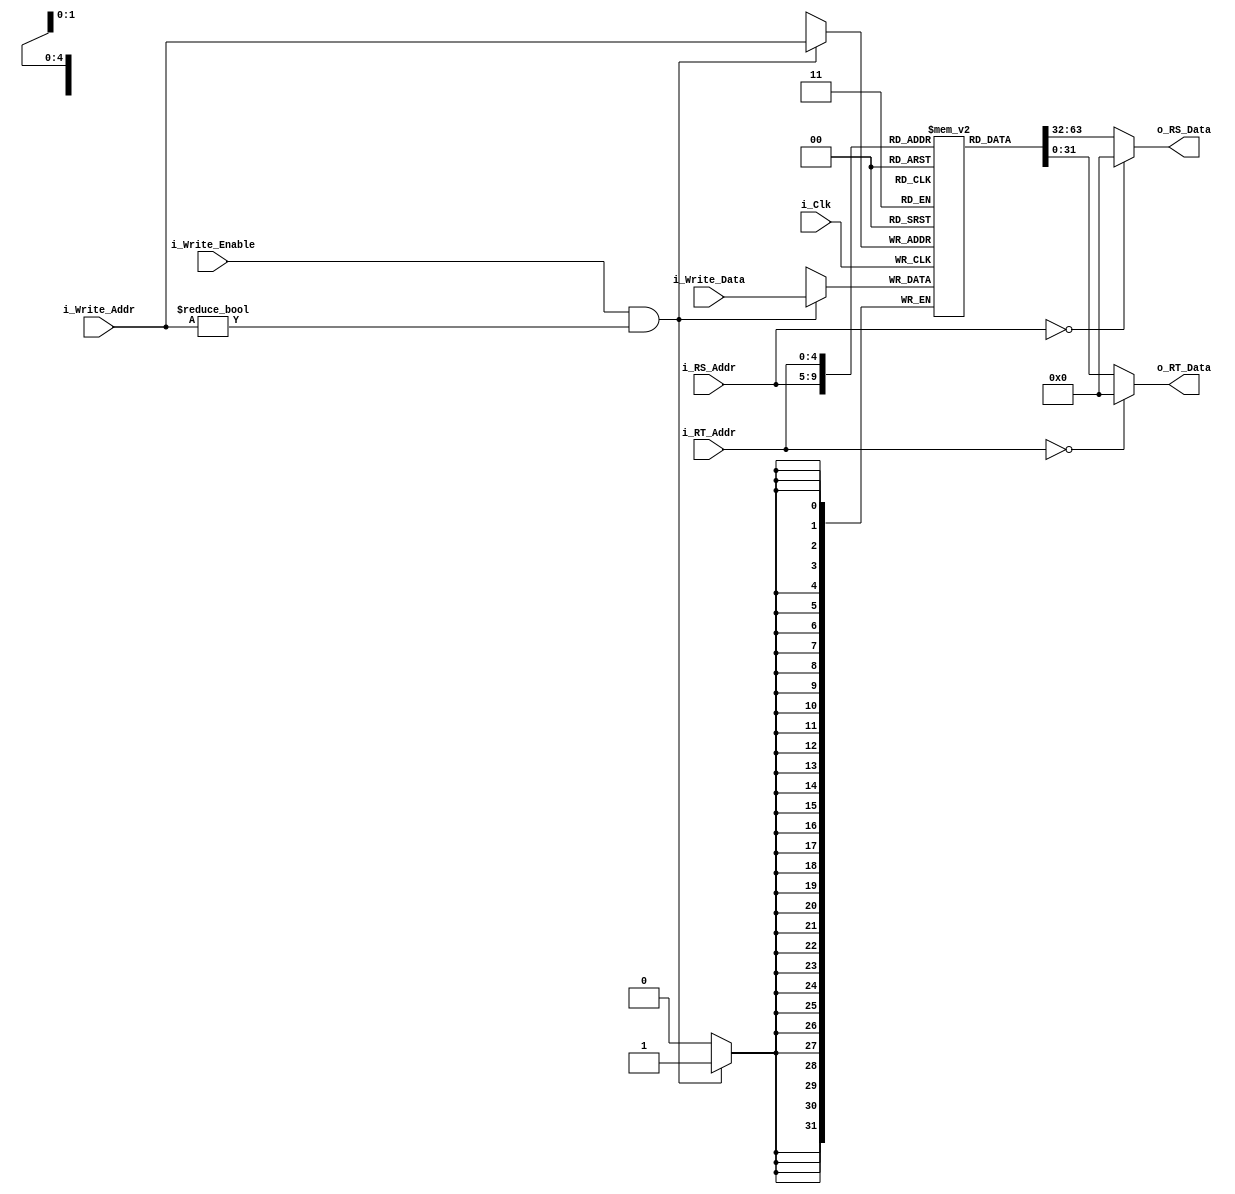
/* regfile.v
* Last Revision: 1/5/11
* Abstract:
*	The register file for the cpu. The regfile contains 32 registers that be
* read/written from one at a time. The regfile provides two operands on the same
* cycle as requested.
*/
module regfile	#(	parameter DATA_WIDTH = 32,
					parameter REG_ADDR_WIDTH = 5
			)
			(	// Inputs
				input i_Clk,
				
				input [REG_ADDR_WIDTH-1:0] i_RS_Addr,
				input [REG_ADDR_WIDTH-1:0] i_RT_Addr,

				input i_Write_Enable,
				input [REG_ADDR_WIDTH-1:0] i_Write_Addr,
				input [DATA_WIDTH-1:0] i_Write_Data,

				
				// Output
				output [DATA_WIDTH-1:0] o_RS_Data,
				output [DATA_WIDTH-1:0] o_RT_Data
			);
			
	// Internal
		// Regs & wires
	reg [DATA_WIDTH-1:0] Register[0:(2**REG_ADDR_WIDTH)-1];
			
		// Hardwired assignments - Readouts are asynch
	assign o_RS_Data = (i_RS_Addr == 0) ? 0 : Register[i_RS_Addr];
	assign o_RT_Data = (i_RT_Addr == 0) ? 0 : Register[i_RT_Addr];
	
	// Synchronous logic - Writes
	always @(posedge i_Clk)
	begin
		// Perform writes
		if( i_Write_Enable && (i_Write_Addr != 0) )
		begin
			Register[i_Write_Addr] <= i_Write_Data;
		end
	end
	
	initial
	begin
		Register[0] <= 0;
	end
	
endmodule